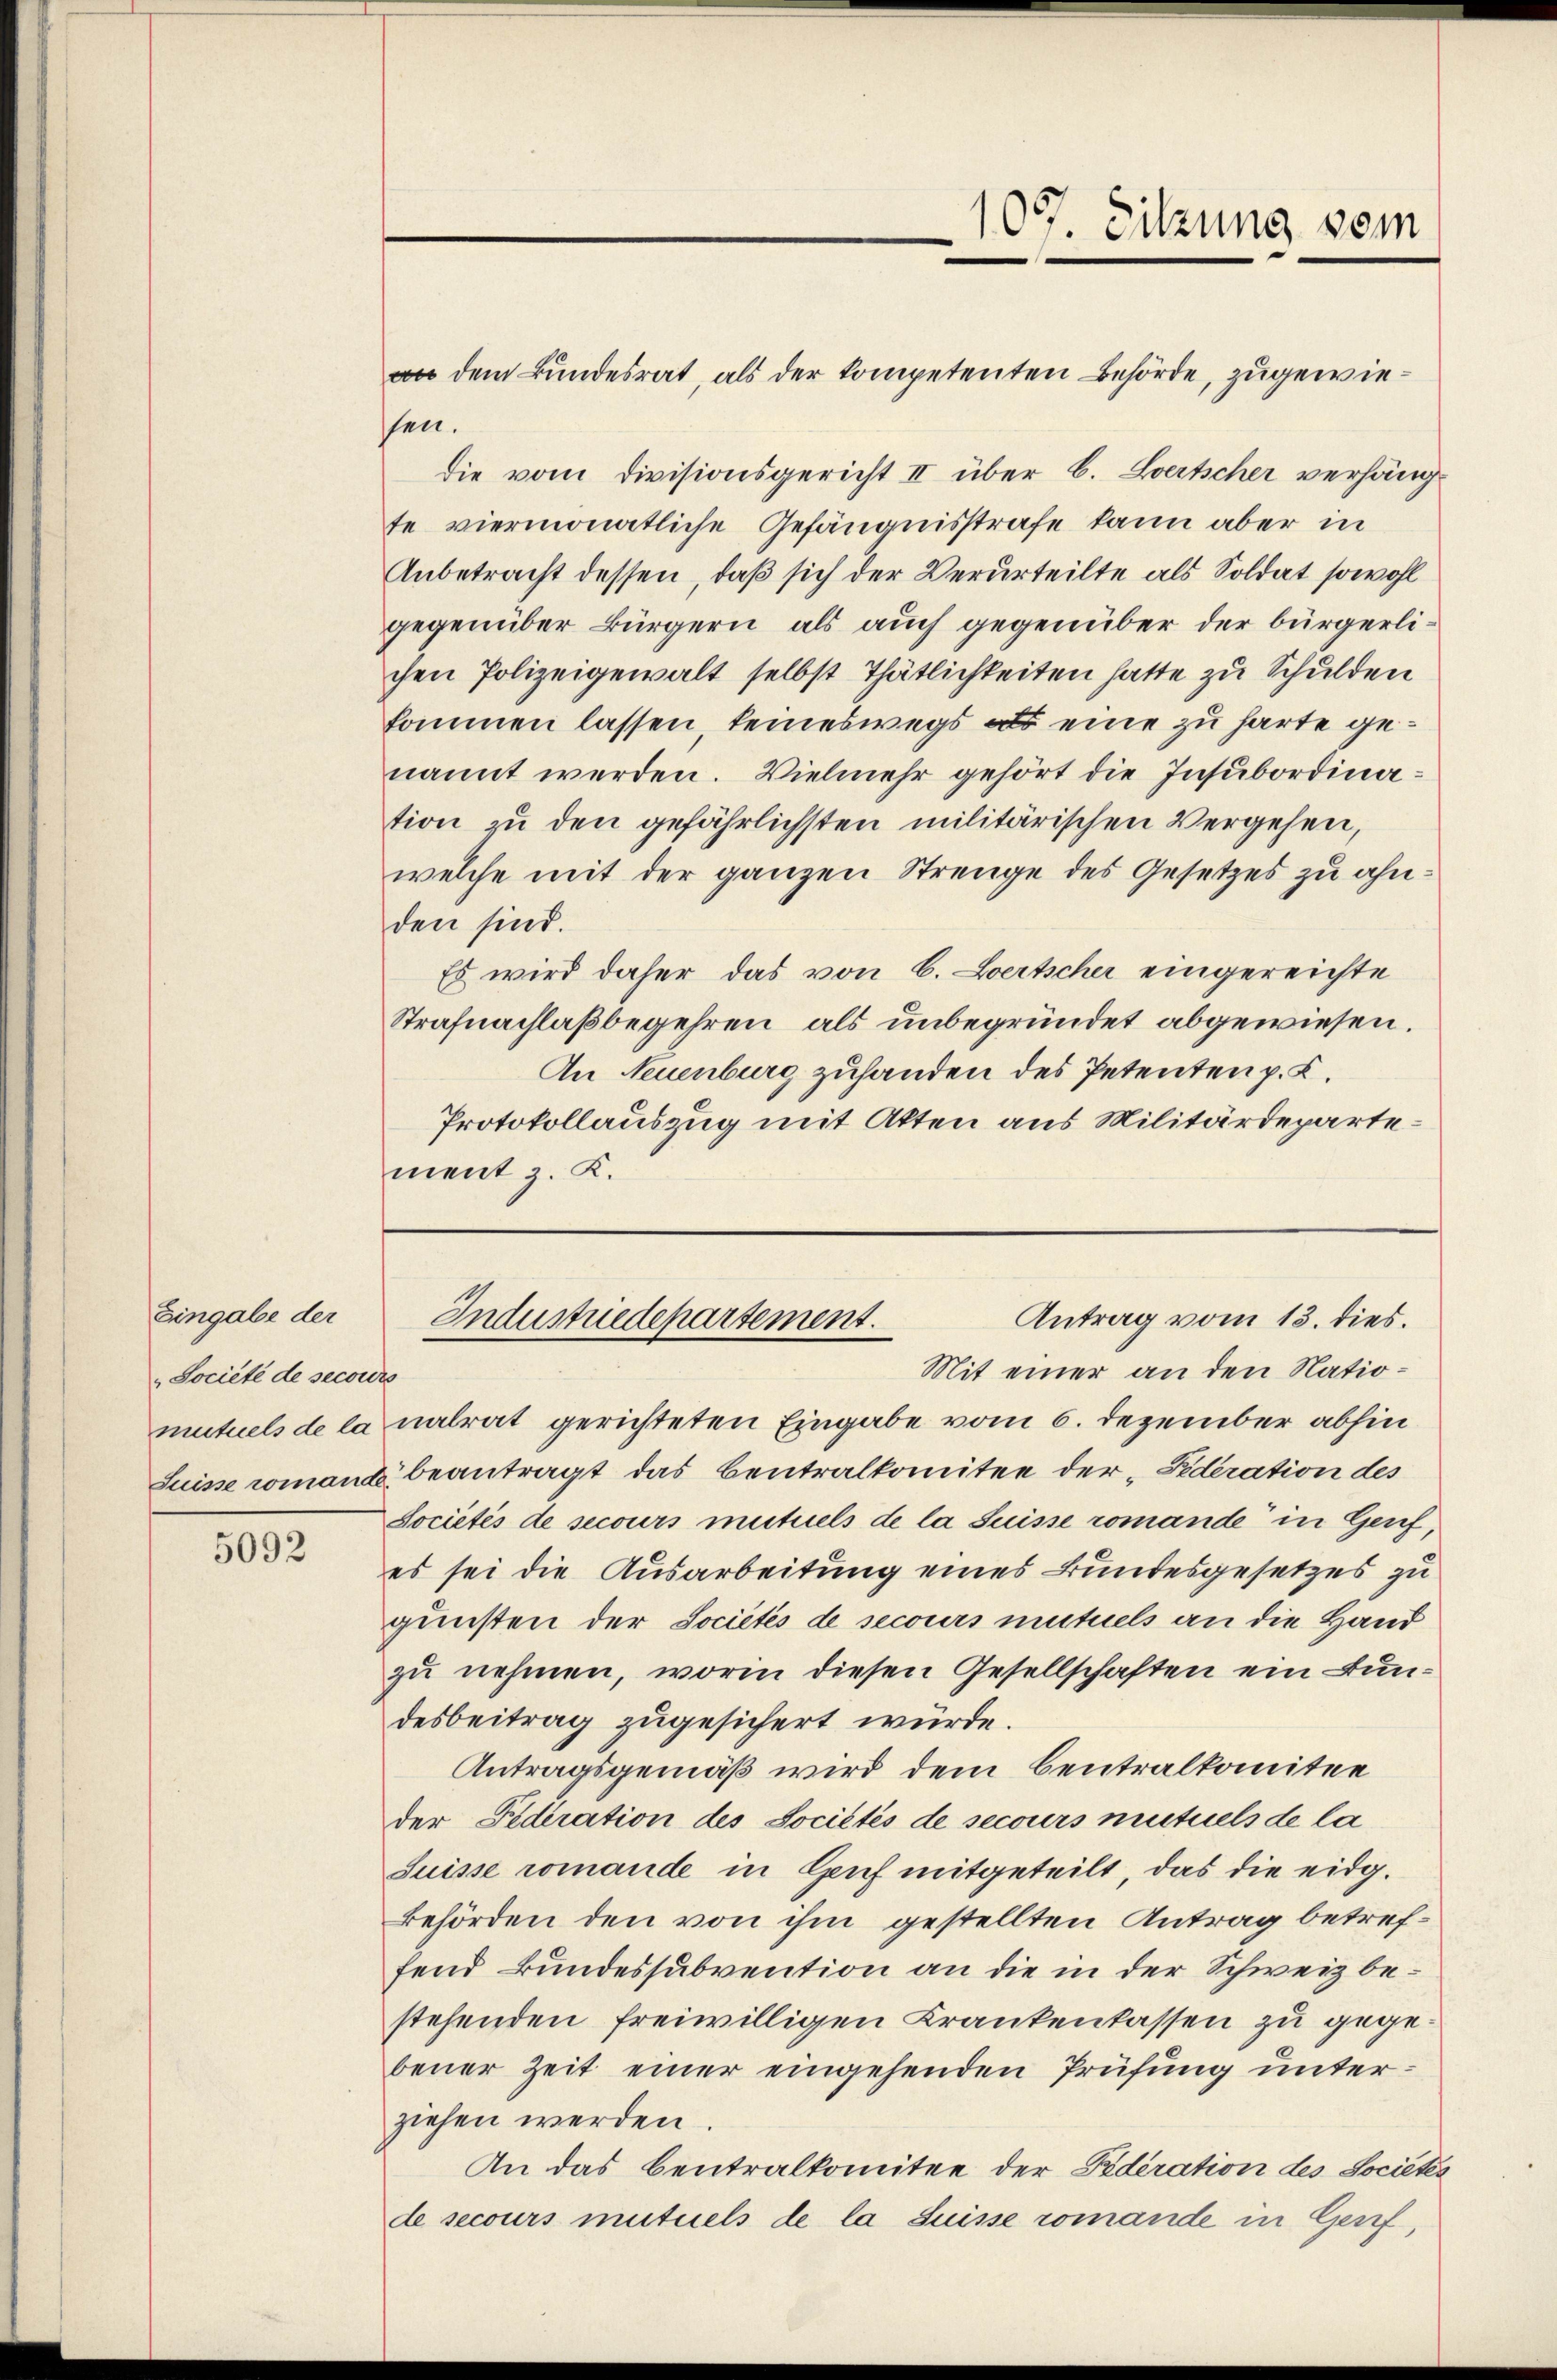
Eingabe der
Societe de secours

5092

107 Sitzung vom
e

an dem Bundesrat, als der kompetenten Behörde, zugewiessen.
die vom Divisionsgericht II über 6. Bertscher verhängte viermonatliche Gefängnisstrafe kann aber in
Anbetracht dessen, daß sich der Verurteilte als Soldat sowohl
gegenüber Bürgern, als auch gegenüber der bürgerlichen Polizeigewalt selbst Thätlichkeiten hatte zu Schulden
kommen lassen keineswegs als eine zu harte genannt werden. Vielmehr gehört die Insubordination zu den gefährlichsten militärischen Vergehen,
welche mit der ganzen Strenge des Gesetzes zu ahnden sind.
Es wird daher das von 6. Bertscher eingereichte
Strafnachlaßbegehren, als unbegründet abgewiesen.
An Neuenburg zuhanden des Petenten p. C.
Protokollauszug mit Akten aus Militärdepartement z. K.

Antrag vom 13. dies.
Industriedepartement.
Mit einer an den Natio¬

mutuels de la nalrat gerichteten Eingabe vom 6. Dezember abhin
Suisse romant beantragt das Centralkomitee der „Sederation des
Locietés de secours mutuels de la Suisse romande in Genf,
es sei die Ausarbeitung eines Bundesgesetzes zu
gunsten der Societés de secours mutuels an die Hand
zu nehmen, worin diesen Gesellschaften ein Bundesbeitrag zugesichert würde.
Antragsgemäß wird dem Centralkomitee
der Federation des Sociétés de secours mutuels de la
Suisse romande in Genf mitgeteilt, das die eidg.
behörden den von ihm gestellten Antrag betreffend Bundessubvention an die in der Schweiz bestehenden freiwilligen Krankenkassen zu gegebener Zeit einer eingehenden Prüfung unterziehen werden.
An das Centralkomitee der Federation des Sociétés
de secours mutuels de la Suisse romande in Genf,